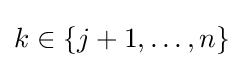
k\in \{j+1,\ldots ,n\}